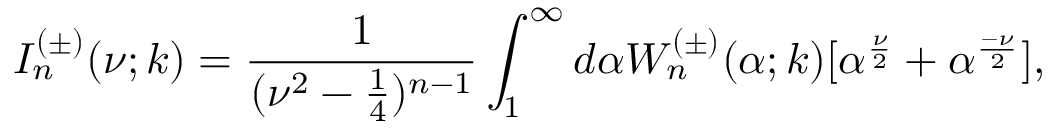
I _ { n } ^ { ( \pm ) } ( \nu ; k ) = \frac { 1 } { ( \nu ^ { 2 } - \frac { 1 } { 4 } ) ^ { n - 1 } } \int _ { 1 } ^ { \infty } d \alpha W _ { n } ^ { ( \pm ) } ( \alpha ; k ) [ \alpha ^ { \frac { \nu } { 2 } } + \alpha ^ { \frac { - \nu } { 2 } } ] ,